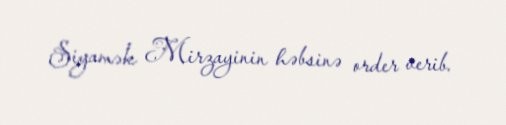
Siyamək Mirzayinin həbsinə order verib.